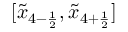
[ \tilde { x } _ { 4 - \frac { 1 } { 2 } } , \tilde { x } _ { 4 + \frac { 1 } { 2 } } ]